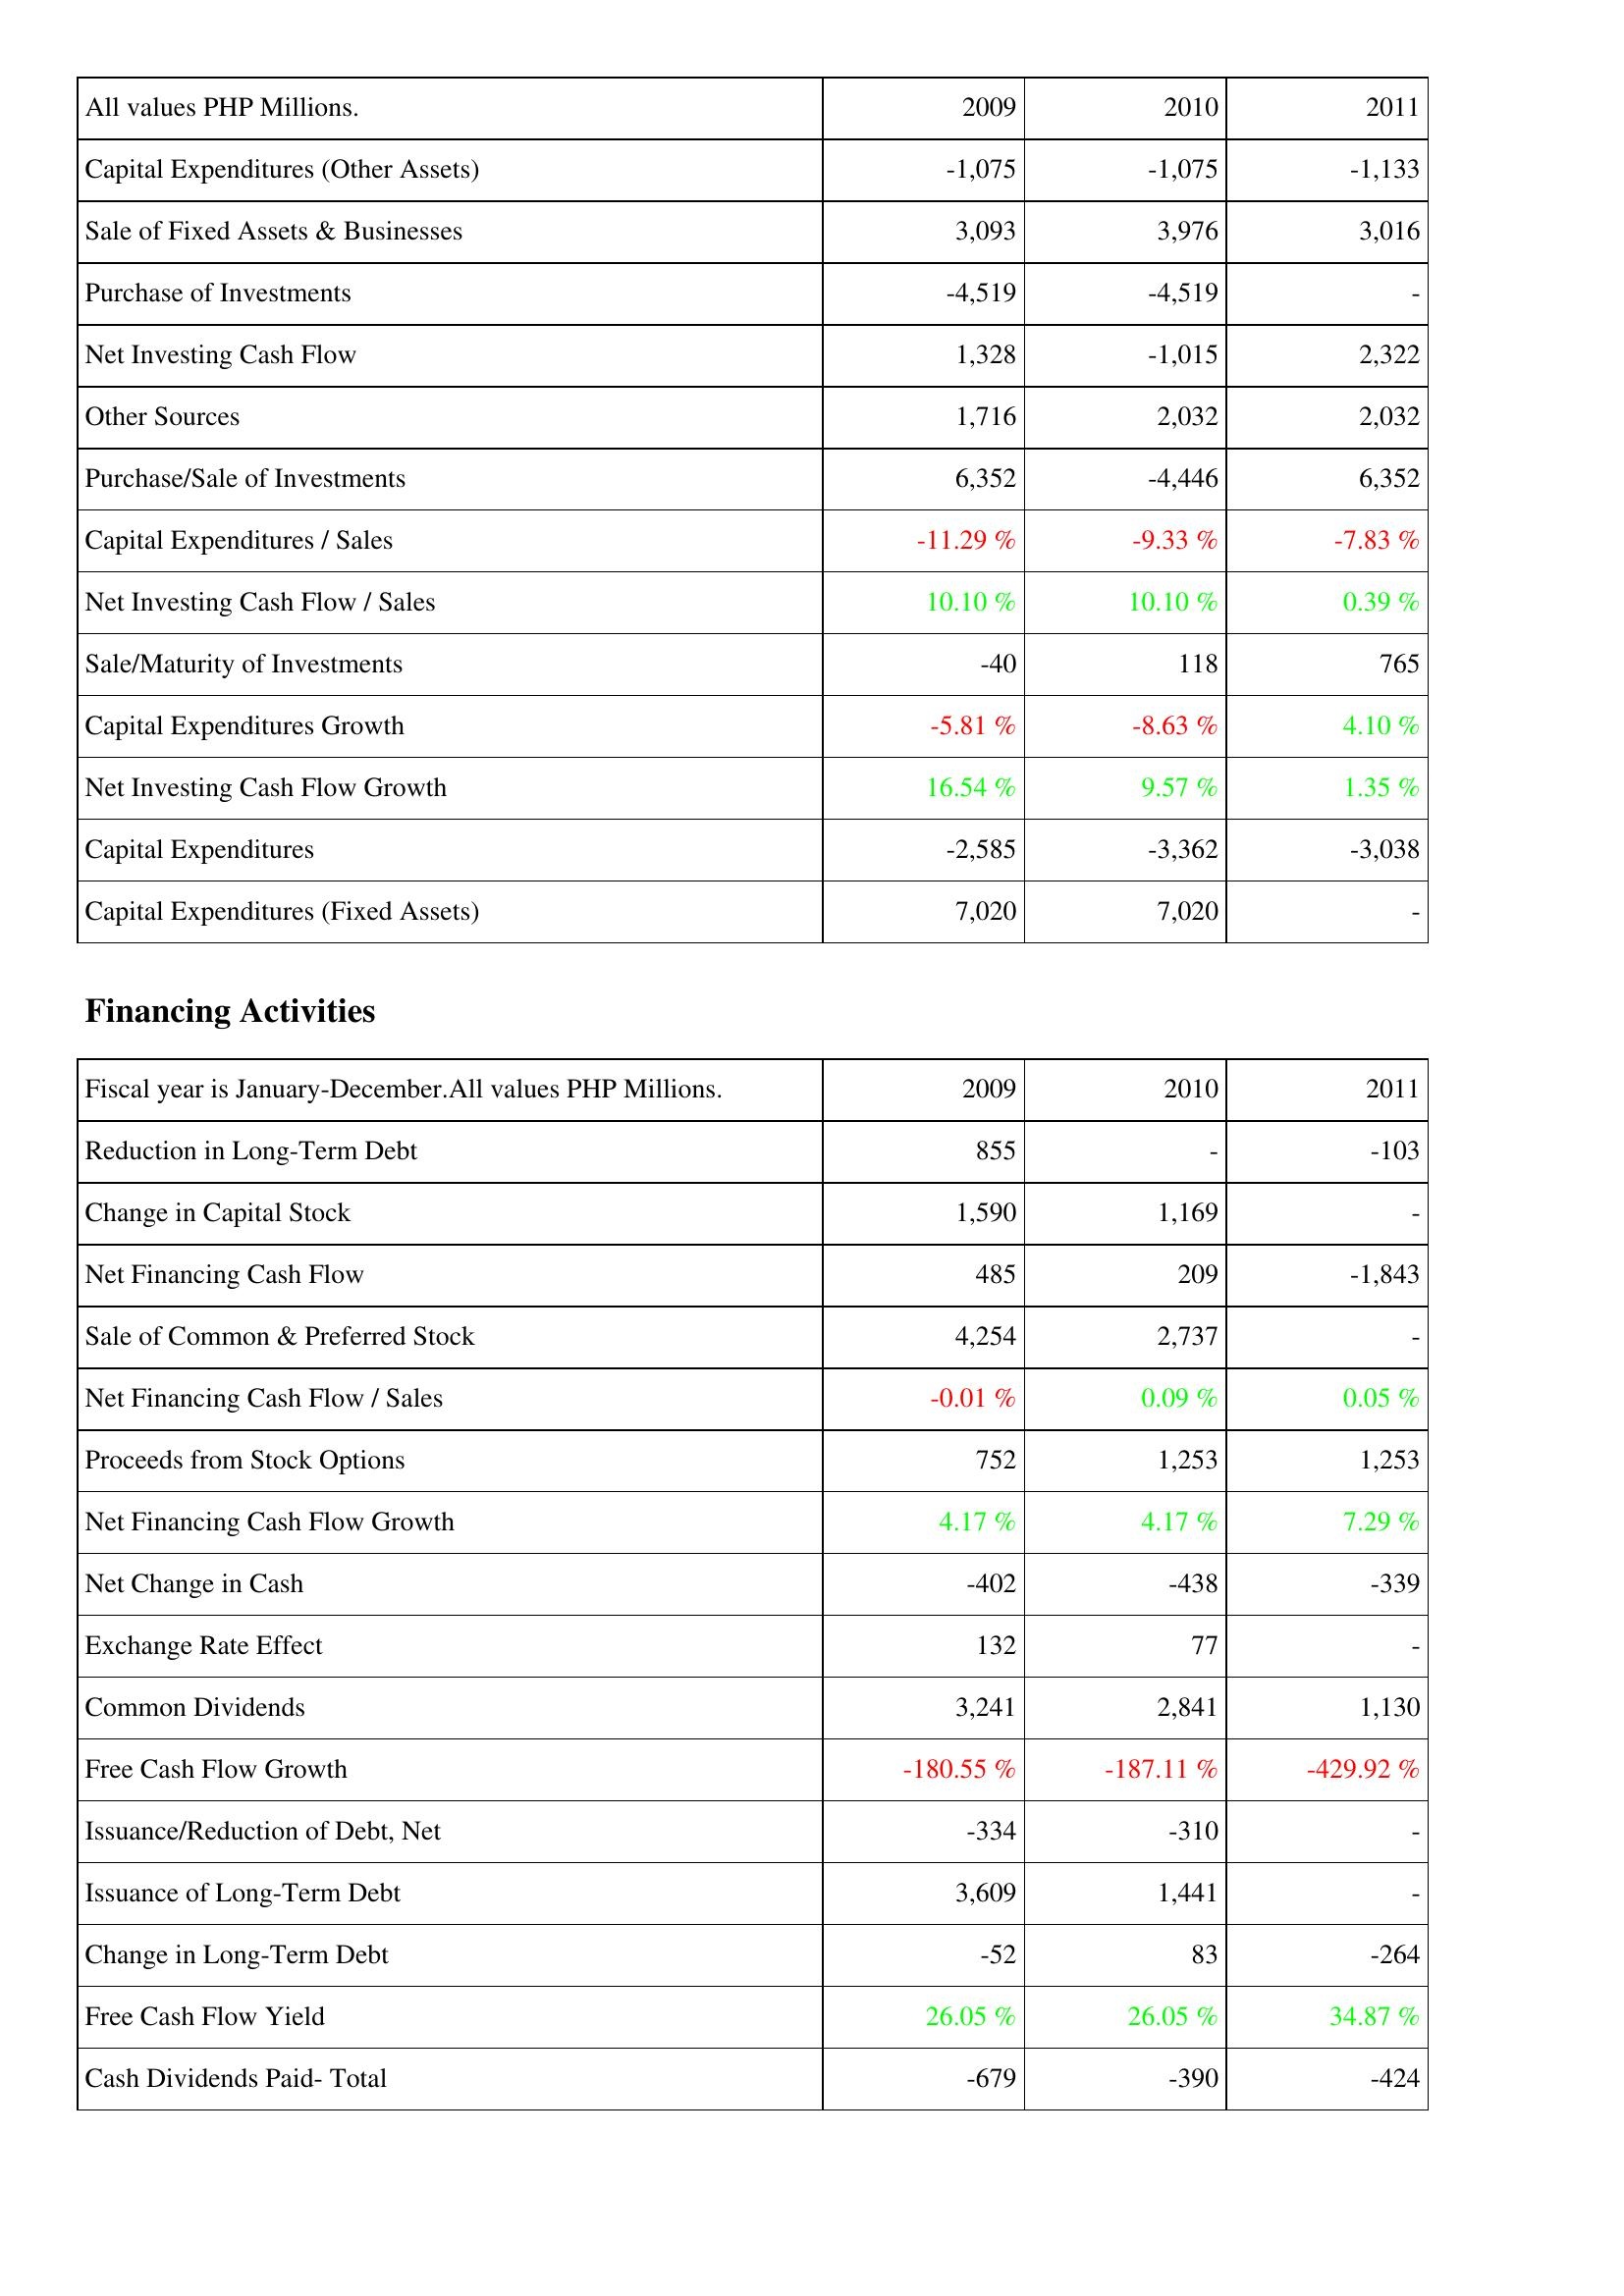
2009: Investing Activities: Capital Expenditures (Other Assets): -1,075
Sale of Fixed Assets & Businesses: 3,093
Purchase of Investments: -4,519
Net Investing Cash Flow: 1,328
Other Sources: 1,716
Purchase/Sale of Investments: 6,352
Capital Expenditures / Sales: -11.29 %
Net Investing Cash Flow / Sales: 10.10 %
Sale/Maturity of Investments: -40
Capital Expenditures Growth: -5.81 %
Net Investing Cash Flow Growth: 16.54 %
Capital Expenditures: -2,585
Capital Expenditures (Fixed Assets): 7,020
Financing Activities: Reduction in Long-Term Debt: 855
Change in Capital Stock: 1,590
Net Financing Cash Flow: 485
Sale of Common & Preferred Stock: 4,254
Net Financing Cash Flow / Sales: -0.01 %
Proceeds from Stock Options: 752
Net Financing Cash Flow Growth: 4.17 %
Net Change in Cash: -402
Exchange Rate Effect: 132
Common Dividends: 3,241
Free Cash Flow Growth: -180.55 %
Issuance/Reduction of Debt, Net: -334
Issuance of Long-Term Debt: 3,609
Change in Long-Term Debt: -52
Free Cash Flow Yield: 26.05 %
Cash Dividends Paid- Total: -679
2010: Investing Activities: Capital Expenditures (Other Assets): -1,075
Sale of Fixed Assets & Businesses: 3,976
Purchase of Investments: -4,519
Net Investing Cash Flow: -1,015
Other Sources: 2,032
Purchase/Sale of Investments: -4,446
Capital Expenditures / Sales: -9.33 %
Net Investing Cash Flow / Sales: 10.10 %
Sale/Maturity of Investments: 118
Capital Expenditures Growth: -8.63 %
Net Investing Cash Flow Growth: 9.57 %
Capital Expenditures: -3,362
Capital Expenditures (Fixed Assets): 7,020
Financing Activities: Reduction in Long-Term Debt: -
Change in Capital Stock: 1,169
Net Financing Cash Flow: 209
Sale of Common & Preferred Stock: 2,737
Net Financing Cash Flow / Sales: 0.09 %
Proceeds from Stock Options: 1,253
Net Financing Cash Flow Growth: 4.17 %
Net Change in Cash: -438
Exchange Rate Effect: 77
Common Dividends: 2,841
Free Cash Flow Growth: -187.11 %
Issuance/Reduction of Debt, Net: -310
Issuance of Long-Term Debt: 1,441
Change in Long-Term Debt: 83
Free Cash Flow Yield: 26.05 %
Cash Dividends Paid- Total: -390
2011: Investing Activities: Capital Expenditures (Other Assets): -1,133
Sale of Fixed Assets & Businesses: 3,016
Purchase of Investments: -
Net Investing Cash Flow: 2,322
Other Sources: 2,032
Purchase/Sale of Investments: 6,352
Capital Expenditures / Sales: -7.83 %
Net Investing Cash Flow / Sales: 0.39 %
Sale/Maturity of Investments: 765
Capital Expenditures Growth: 4.10 %
Net Investing Cash Flow Growth: 1.35 %
Capital Expenditures: -3,038
Capital Expenditures (Fixed Assets): -
Financing Activities: Reduction in Long-Term Debt: -103
Change in Capital Stock: -
Net Financing Cash Flow: -1,843
Sale of Common & Preferred Stock: -
Net Financing Cash Flow / Sales: 0.05 %
Proceeds from Stock Options: 1,253
Net Financing Cash Flow Growth: 7.29 %
Net Change in Cash: -339
Exchange Rate Effect: -
Common Dividends: 1,130
Free Cash Flow Growth: -429.92 %
Issuance/Reduction of Debt, Net: -
Issuance of Long-Term Debt: -
Change in Long-Term Debt: -264
Free Cash Flow Yield: 34.87 %
Cash Dividends Paid- Total: -424